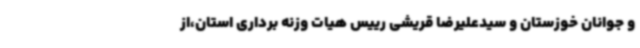
و جوانان خوزستان و سیدعلیرضا قریشی رییس هیات وزنه برداری استان،از